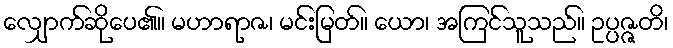
လျှောက်ဆိုပေ၏။ မဟာရာဇ၊ မင်းမြတ်။ ယော၊ အကြင်သူသည်။ ဥပ္ပဇ္ဇတိ၊